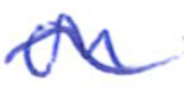
Text: on
Cross-out: wave
Writing tool: ballpoint